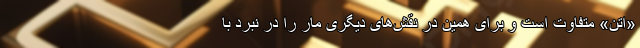
«اِتَنَ» متفاوت است و برای همین در نقش‌های دیگری مار را در نبرد با